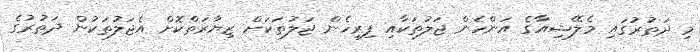
މި ދަތުރުގައި މެލޭޝިއާގެ އަންހެން ޖަލުތަކާއި ފިރިހެން ޖަލުތަކަށް ޒިޔާރަތްކޮށް އެޖަލުތަކުން ދަތުރުގެ